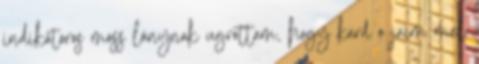
indikátoros moss lánynak ugrottam, hogy kard o jaim mal